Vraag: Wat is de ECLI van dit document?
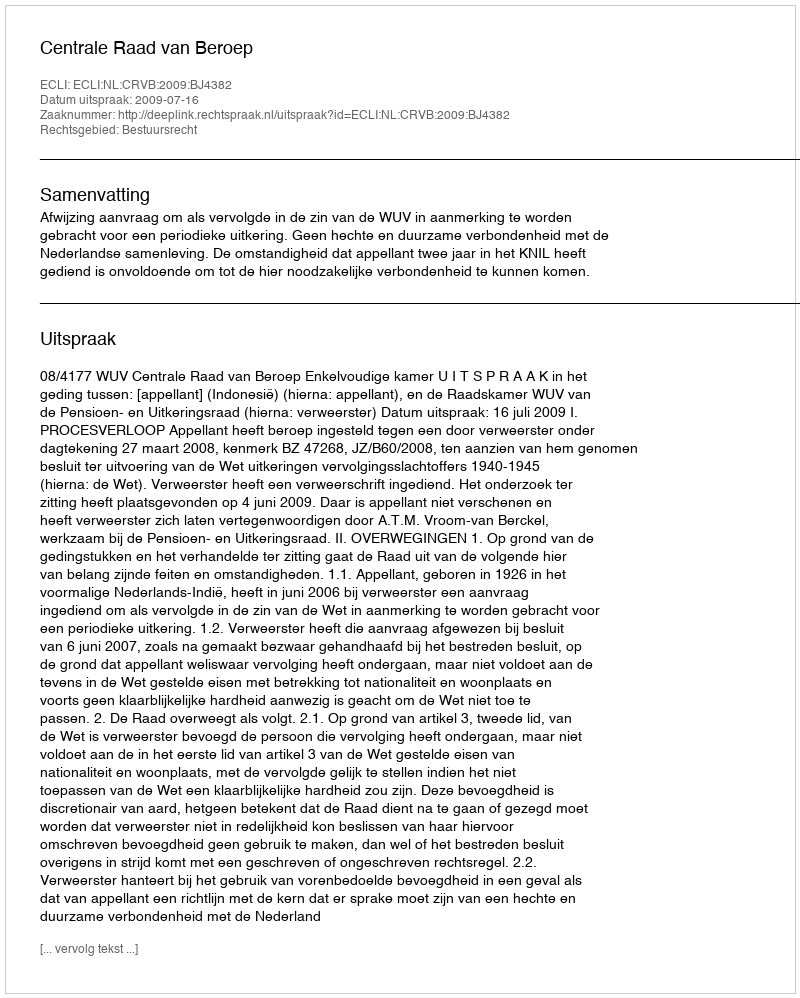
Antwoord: ECLI:NL:CRVB:2009:BJ4382